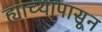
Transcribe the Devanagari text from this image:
ह्याच्यापासून